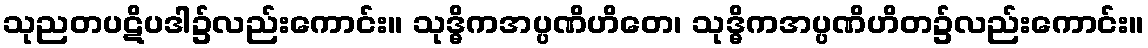
သုညတပဋိပဒါ၌လည်းကောင်း။ သုဒ္ဓိကအပ္ပဏိဟိတေ၊ သုဒ္ဓိကအပ္ပဏိဟိတ၌လည်းကောင်း။